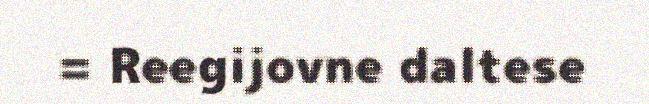
= Reegijovne daltese